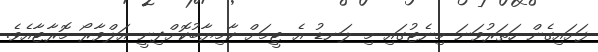
ފަށައިގެން ހަތަރުވަނަ މިނެޓުގައި މި ލަނޑު އެ ޓީމަށް ކާމިޔާބުކޮށްދިނީ އަލްވާރޯ މޮރާޓާއެވެ.